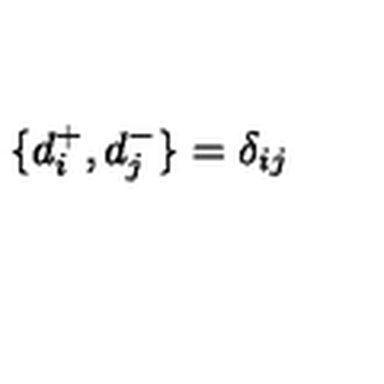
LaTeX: \{ d _ { i } ^ { + } , d _ { j } ^ { - } \} = \delta _ { i j }